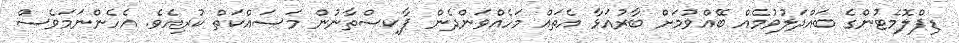
ޑިޕްލޮމެޓުންގެ ބައްދަލުވުމެއް ބޭއްވުމަށް ބާރުއަޅާ އެތައް މަހެއްވަންދެން ޕާކިސްތާނުން މަސައްކަތް ކުރިއެވެ. އެހެންނަމަވެސް